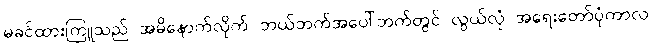
မခင်ထားကြူသည် အမိနောက်လိုက် ဘယ်ဘက်အပေါ်ဘက်တွင် လွယ်လုံ အရေးတော်ပုံကာလ